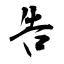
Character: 告